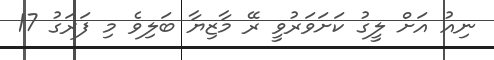
ނިއު އަށް ލީގު ކަށަވަރުވީ ރޭ މާޒިޔާ ބަލިވެ މި ފަރަގު 17